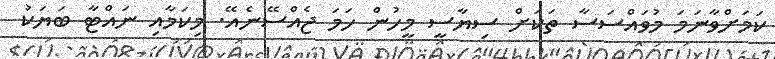
ކަމަށްވާނަމަ މުވައްސަސާ ތަަކަށް ސިޔާސީ މީހުން ހަމަ ޖެއްސޭނެއޭ. މިކަމާއި ނައްޓާ ބަޔަކު